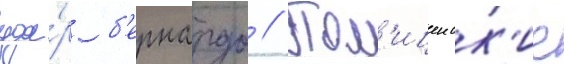
уда́р б'ернардо // Пол'ицеиск'ие